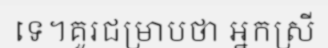
ទេ។គួរជម្រាបថា អ្នកស្រី